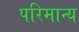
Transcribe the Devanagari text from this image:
परिमान्य